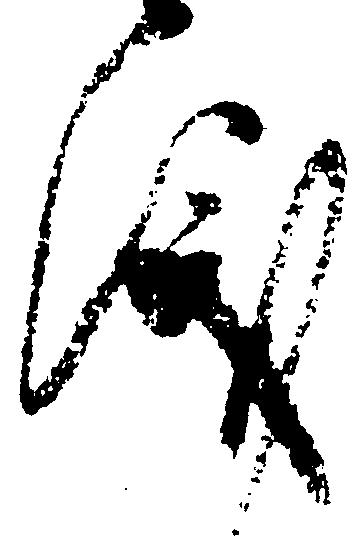
儀